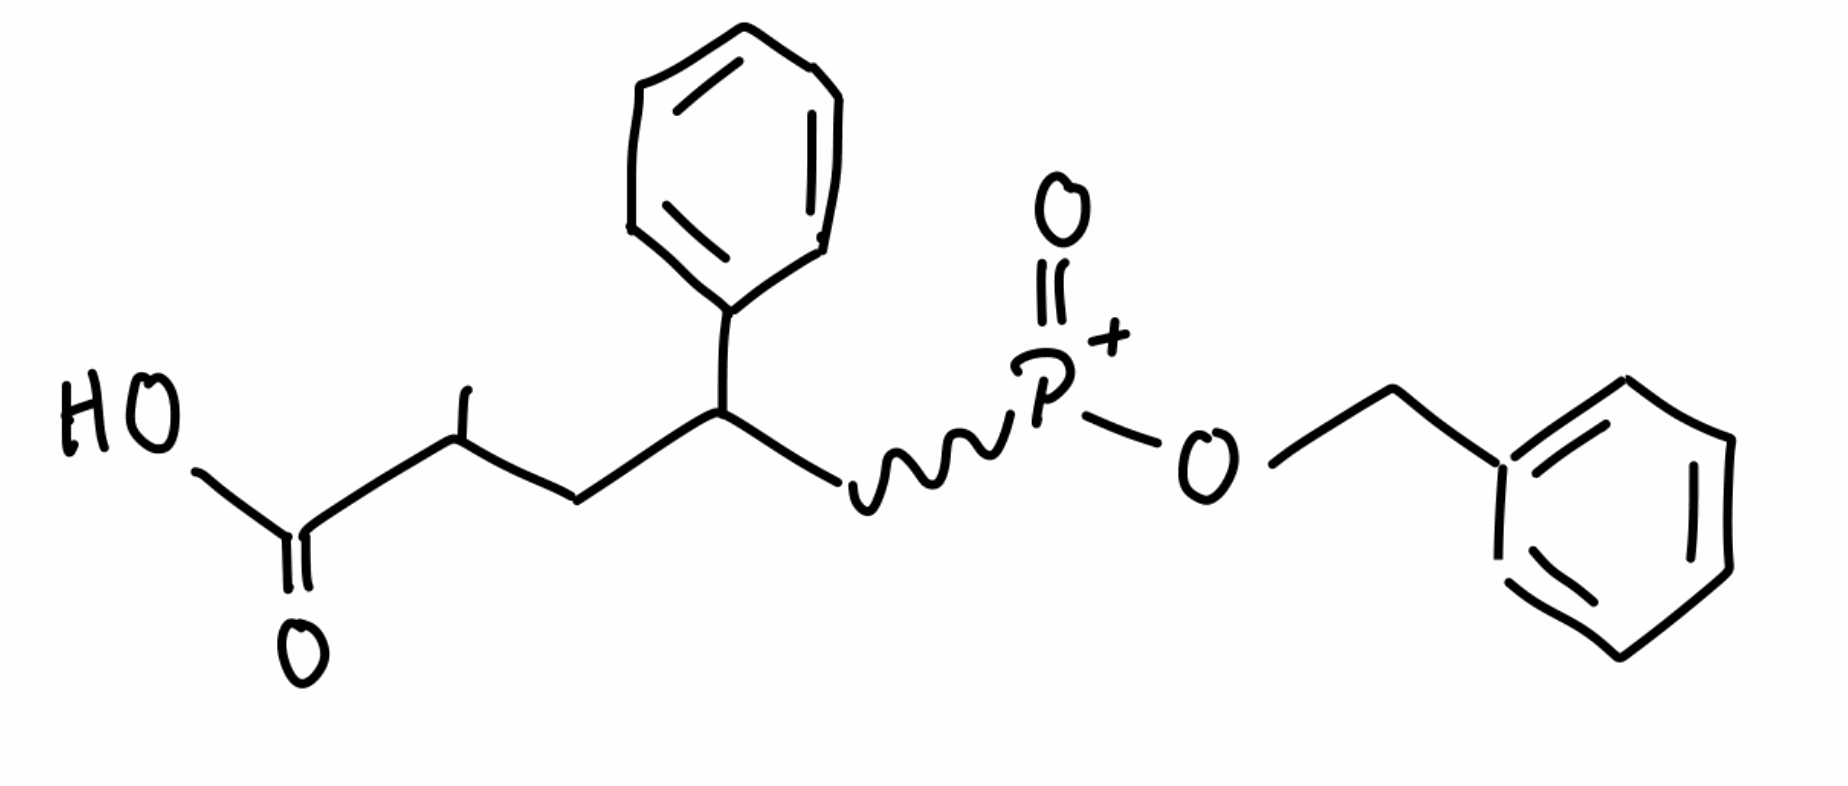
Simplified molecular-input line-entry system (SMILES) notation of the given molecule:
CC(CC(=C[P+](=O)OCC1=CC=CC=C1)C2=CC=CC=C2)C(=O)O